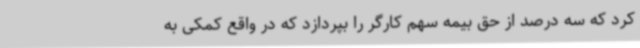
کرد که سه درصد از حق بیمه سهم کارگر را بپردازد که در واقع کمکی به